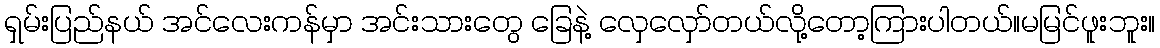
ရှမ်းပြည်နယ် အင်လေးကန်မှာ အင်းသားတွေ ခြေနဲ့ လှေလှော်တယ်လို့တော့ကြားပါတယ်။မမြင်ဖူးဘူး။